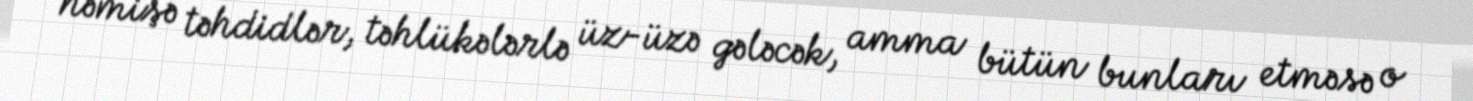
həmişə təhdidlər, təhlükələrlə üz-üzə gələcək, amma bütün bunları etməsə o